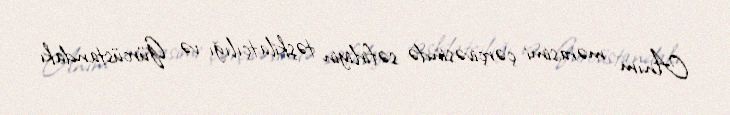
Anım mərasimi çərçivəsində səfirliyin təşkilatçılığı və Gürcüstandakı